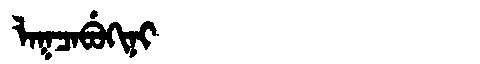
Manchu: ᠯᠠᡴᠴᠠᠪᡠᡴᡳᠨᡳ
Romanization: LAKCABUKINI